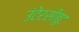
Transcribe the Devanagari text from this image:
उंटेरसीबूट